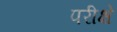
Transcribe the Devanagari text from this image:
परीक्षे